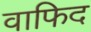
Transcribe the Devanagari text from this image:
वाफिद